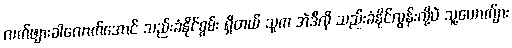
လက်ဖျားခါလောက်အောင် သည်းခံနိုင်စွမ်း ရှိတယ် သူက အဲဒီလို သည်းခံနိုင်လွန်းလို့ပဲ သူ့ယောက်ျား